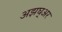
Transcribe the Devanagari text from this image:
अझघ्अर